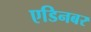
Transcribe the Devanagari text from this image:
एडिनबर